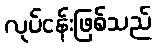
လုပ်ငန်းဖြစ်သည်